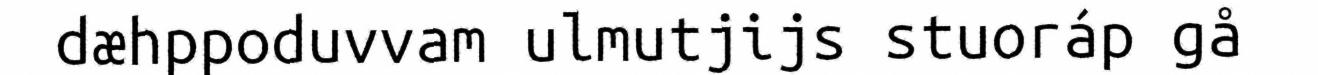
dæhppoduvvam ulmutjijs stuoráp gå